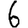
Digit: 6